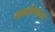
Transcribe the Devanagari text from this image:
सांकलियांच्या